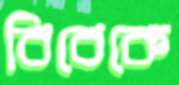
বিবেকে